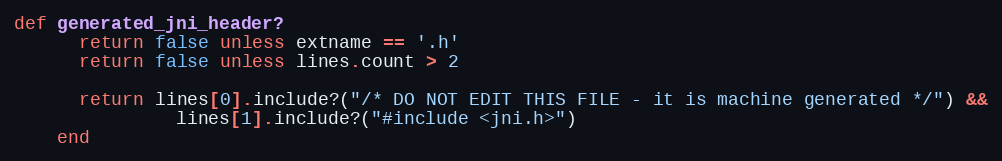
Language: Ruby
def generated_jni_header?
      return false unless extname == '.h'
      return false unless lines.count > 2

      return lines[0].include?("/* DO NOT EDIT THIS FILE - it is machine generated */") &&
               lines[1].include?("#include <jni.h>")
    end